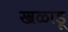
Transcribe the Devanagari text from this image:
खळाडू